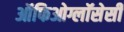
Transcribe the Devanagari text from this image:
ऑफिओग्लॉसेसी